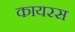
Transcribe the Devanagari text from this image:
कायरस